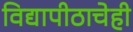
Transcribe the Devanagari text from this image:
विद्यापीठाचेही